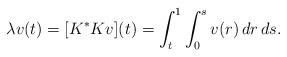
LaTeX: \begin{align*} \lambda v(t) = [K^*Kv](t) = \int_t^1\int_0^s v(r)\,dr\,ds. \end{align*}